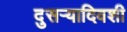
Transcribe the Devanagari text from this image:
दुसर्‍यादिवशी